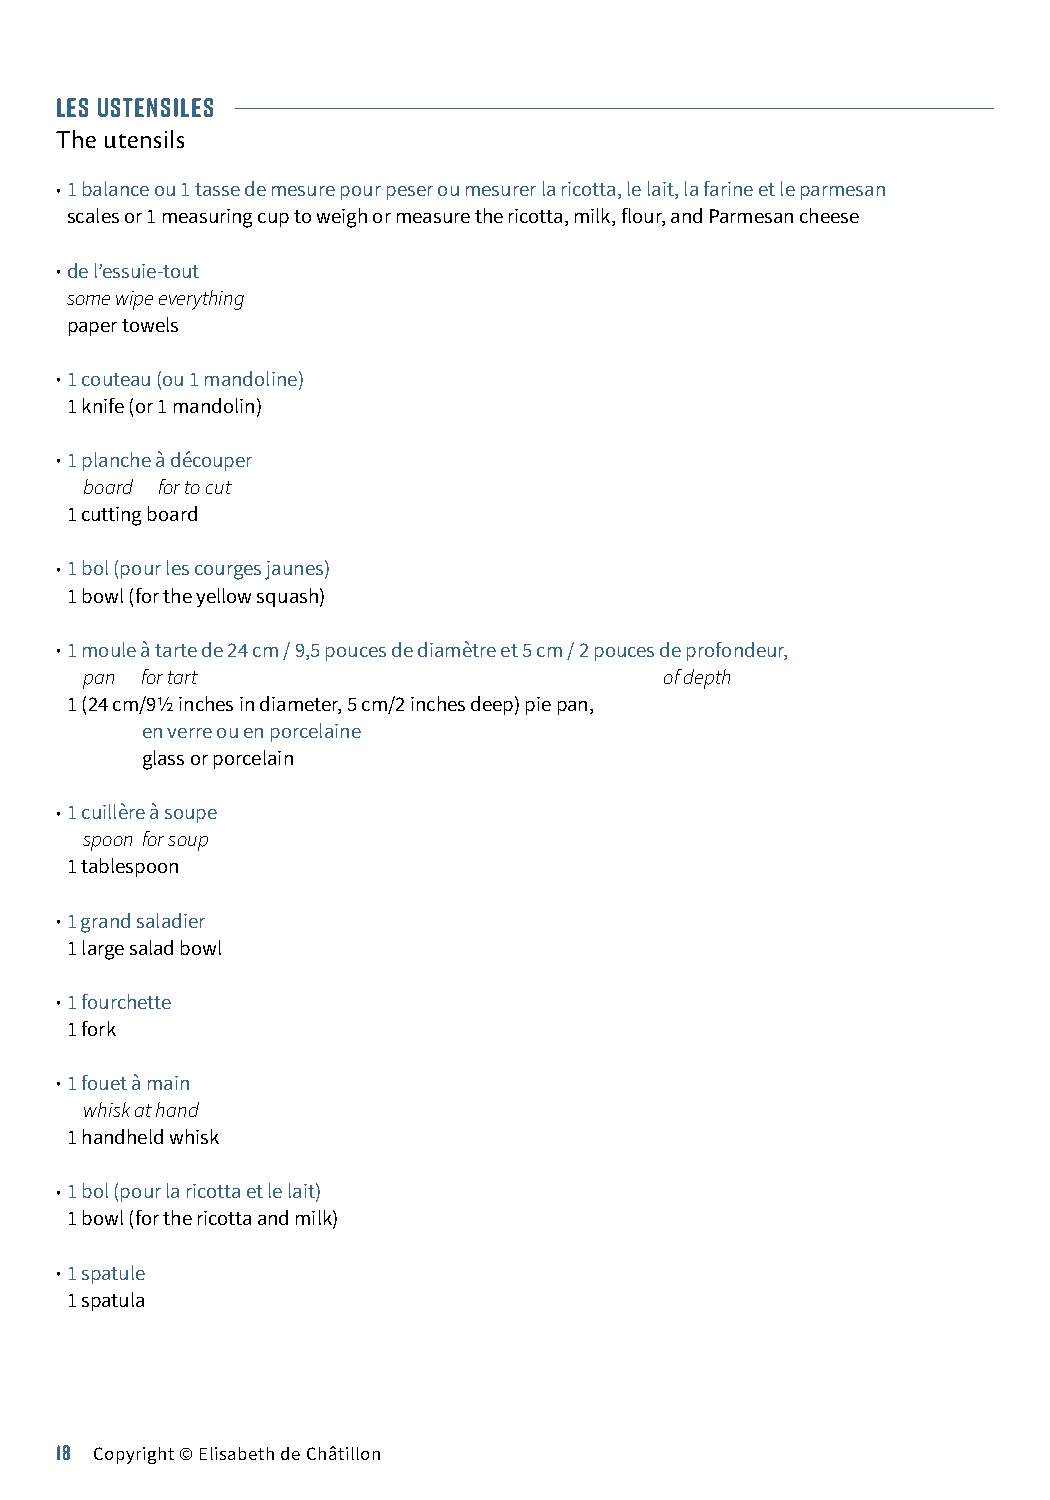
LES USTENSILES
 The utensils
 •1 balance ou 1 tasse de mesure pour peser ou mesurer la ricotta, le lait, la farine et le parmesan
 scales or 1 measuring cup to weigh or measure the ricotta, milk, flour, and Parmesan cheese
 •de l’essuie-tout
 some wipe everything
 paper towels
 •1 couteau (ou 1 mandoline)
 1 knife (or 1 mandolin)
 •1 planche à découper
 board for to cut
 1 cutting board
 •1 bol (pour les courges jaunes)
 1 bowl (for the yellow squash)
 •1 moule à tarte de 24 cm / 9,5 pouces de diamètre et 5 cm / 2 pouces de profondeur,
 pan for tart                          of depth
 1 (24 cm/91/2 inches in diameter, 5 cm/2 inches deep) pie pan,
 en verre ou en porcelaine
 glass or porcelain
 •1 cuillère à soupe
 spoon for soup
 1 tablespoon
 •1 grand saladier
 1 large salad bowl
 •1 fourchette
 1 fork
 •1 fouet à main
 whisk at hand
 1 handheld whisk
 •1 bol (pour la ricotta et le lait)
 1 bowl (for the ricotta and milk)
 •1 spatule
 1 spatula
 18 Copyright © Elisabeth de Châtillon